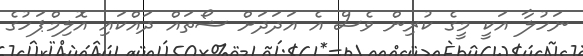
ނަހުލާ އަކީ މީގެ ކުރިން ވެސް އެ އަދަދަށް ޝޯތައް ދައްކައި އޮލިމްޕަހުގެ